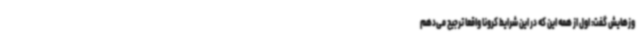
وزهایش گفت: اول از همه این که در این شرایط کرونا واقعا ترجیح می‌دهم